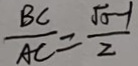
\frac { B C } { A C } = \frac { \sqrt { 5 } - 1 } { 2 }